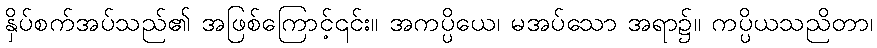
နှိပ်စက်အပ်သည်၏ အဖြစ်ကြောင့်၎င်း။ အကပ္ပိယေ၊ မအပ်သော အရာ၌။ ကပ္ပိယသညိတာ၊